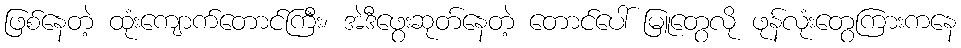
ဖြစ်နေတဲ့ ထုံးကျောက်တောင်ကြီး၊ အဲဒီဖွေးဆုတ်နေတဲ့ တောင်ပေါ် မြူတွေလို ဖုန်လုံးတွေကြားကနေ